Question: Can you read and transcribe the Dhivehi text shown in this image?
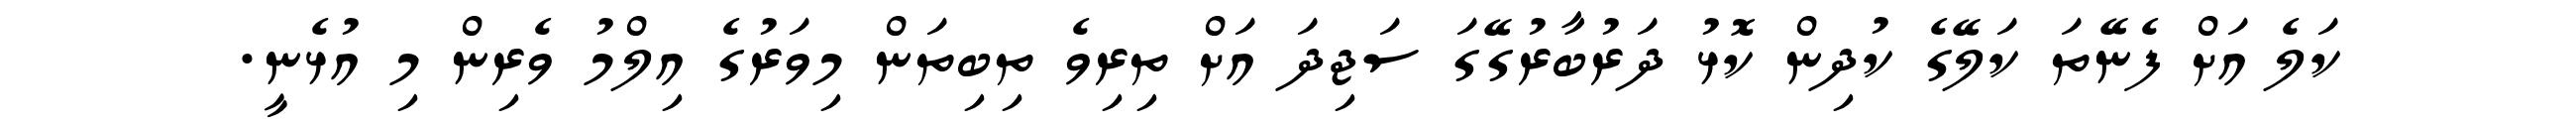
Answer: ކަލެ އަށް ފެނޭތަ ކަލޭގެ ކުދިން ކޮޅު ދަރުބާރުގޭގަ ސަޖިދަ އަށް ތިރިވެ ތިބިތަން މިވަރުގެ އިލްމު ވެރިން މި އުޅެނީ.